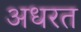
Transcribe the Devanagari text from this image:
अधरत